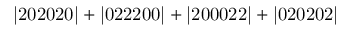
\mathrm { | 2 0 2 0 2 0 | + | 0 2 2 2 0 0 | + | 2 0 0 0 2 2 | + | 0 2 0 2 0 2 | }